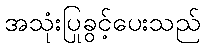
အသုံးပြုခွင့်ပေးသည်